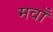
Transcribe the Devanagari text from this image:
मवाँ